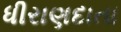
ધીરાણદાતા